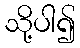
သို့ပါ၍